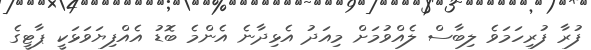
ފުރާ ފުރިހަމަވެ ލިބާސް ލެއްވުމަށް މިއަދު އެޅިދާނެ އެންމެ ބޮޑު އެއްފިޔަވަޅަކީ ޕާޓީގެ